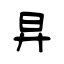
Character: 昪